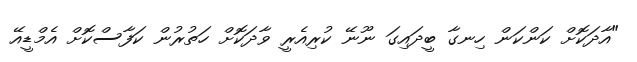
"އާދަކޮށް ކަންކަން ހިނގާ ބީދައިގަ ނޫނޭ ކުރިއެރީ ވާދަކޮށް ހަތުރުން ކަފާސްކޮށް އެމްޑީއޭ